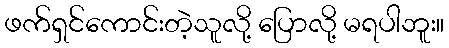
ဖက်ရှင်ကောင်းတဲ့သူလို့ ပြောလို့ မရပါဘူး။